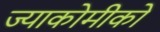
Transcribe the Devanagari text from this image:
ज्याकोमीको